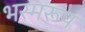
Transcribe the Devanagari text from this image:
भस्मरूप